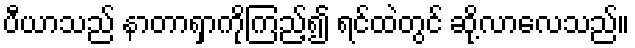
ပီယာသည် နာတာရှာကိုကြည့်၍ ရင်ထဲတွင် ဆို့လာလေသည်။